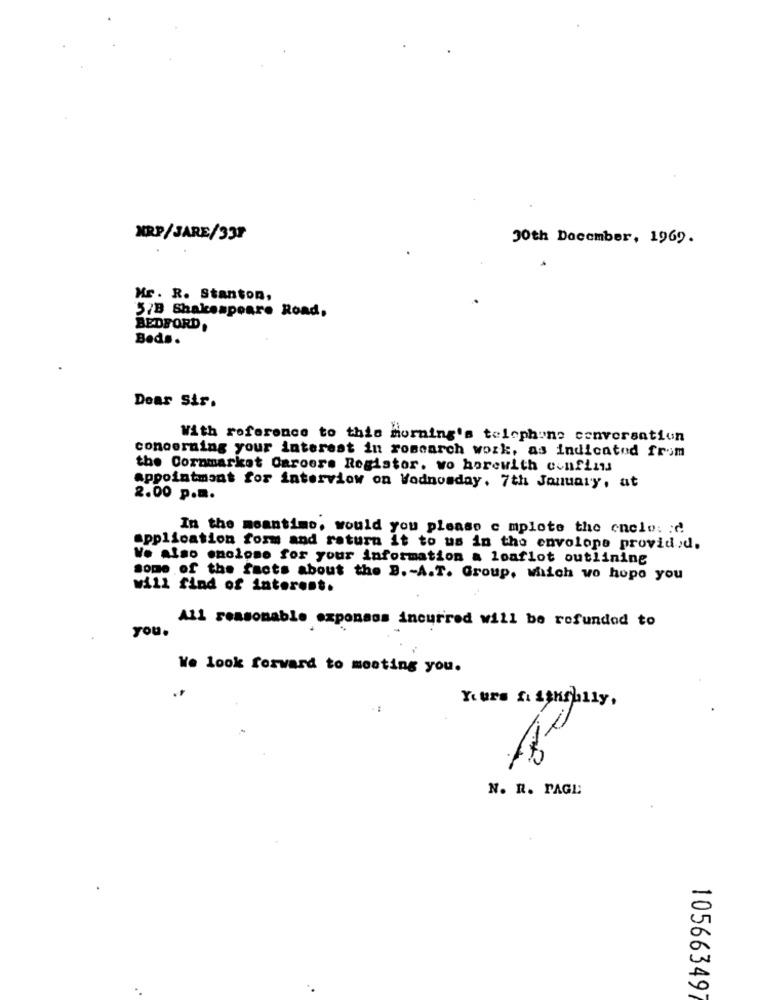
XRP/JARE/337
30th December, 1969.
Mr. R. Stanton,
5/B Shakespeare Road,
BEDFORD.
Beds.
Dear Sir.
With reference to this morning's telephone conversation
concerning your interest in rosearch work, as indicated from
the Cornmarket Caroers Registor. wo horewith confinns
appointment for interview on Vodnosday, 7th January, at
2.00 p.m.
In the meantime, would you please c mplote the enclo: : d
application form and return it to us in the envolope provided.
Ve also enclose for your information a loaflot outlining
some of the facts about the B. - A.T. Group, Milich wo hope you
will find of interest.
All reasonable exponaos incurred will be rofundod to
you.
We look forward to meeting you.
Yours faithfully,
N. R. PAGE
10566349